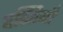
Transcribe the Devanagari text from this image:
वस्तियाँ